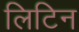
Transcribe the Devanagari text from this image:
लिटिन